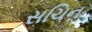
સચિન